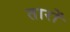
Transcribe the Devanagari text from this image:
तारों